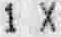
1 X